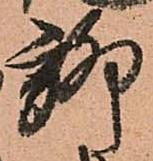
聊